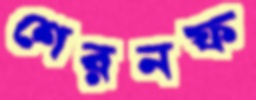
শেরনফ